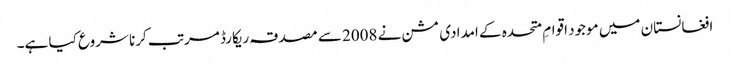
افغانستان میں موجود اقوامِ متحدہ کے امدادی مشن نے 2008 سے مصدقہ ریکارڈ مرتب کرنا شروع کیا ہے۔